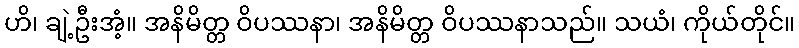
ဟိ၊ ချဲ့ဦးအံ့။ အနိမိတ္တ ဝိပဿနာ၊ အနိမိတ္တ ဝိပဿနာသည်။ သယံ၊ ကိုယ်တိုင်။